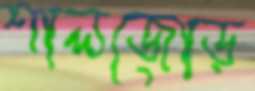
শালজোড়